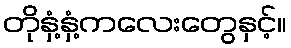
တိုနှံ့နှံ့ကလေးတွေနှင့်။